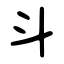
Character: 斗